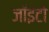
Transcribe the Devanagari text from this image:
जॉइंटो